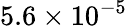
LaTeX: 5.6\times 10^{-5}